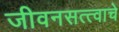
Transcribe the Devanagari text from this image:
जीवनसत्त्वाचे